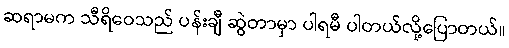
ဆရာမက သီရိဝေသည် ပန်းချီ ဆွဲတာမှာ ပါရမီ ပါတယ်လို့ပြောတယ်။